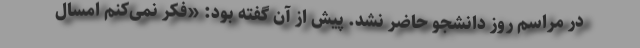
در مراسم روز دانشجو حاضر نشد. پیش از آن گفته بود: «فکر نمی‌کنم امسال